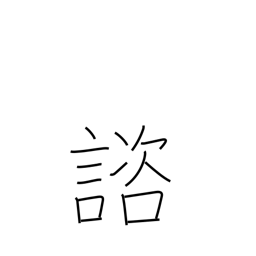
Meaning: consult with